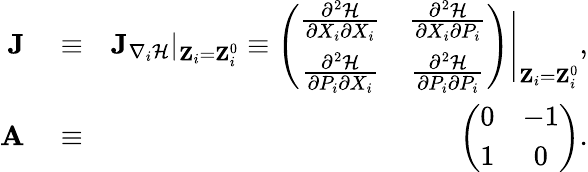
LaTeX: \begin{array}{rlr}{{\mathbf J}}&{{}\equiv}&{{\mathbf J}_{\nabla_{i}\mathcal{H}}|_{{\mathbf Z}_{i}={\mathbf Z}_{i}^{0}}\equiv\left(\begin{array}{cc}{\frac{\partial^{2}\mathcal{H}}{\partial X_{i}\partial X_{i}}}&{\frac{\partial^{2}\mathcal{H}}{\partial X_{i}\partial P_{i}}}\\ {\frac{\partial^{2}\mathcal{H}}{\partial P_{i}\partial X_{i}}}&{\frac{\partial^{2}\mathcal{H}}{\partial P_{i}\partial P_{i}}}\end{array}\right)\Bigg\vert_{{\mathbf Z}_{i}={\mathbf Z}_{i}^{0}},}\\ {{\mathbf A}}&{{}\equiv}&{\left(\begin{array}{cc}{0}&{-1}\\ {1}&{0}\end{array}\right).}\end{array}